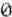
0